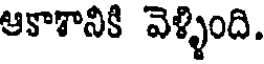
ఆకాశానికి వెళ్ళింది.